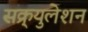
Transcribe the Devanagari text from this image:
सक्र्युलेशन